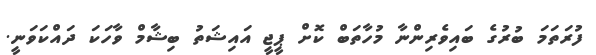
ފުރަތަމަ ބުރުގެ ބައިވެރިންނާ މުހާތަބް ކޮށް ޕީޖީ އައިޝަތު ބިޝާމް ވާހަކަ ދައްކަވަނީ.